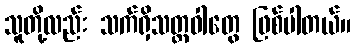
သူတို့လည်း သက်ရှိသတ္တဝါတွေ ဖြစ်ပါတယ်။